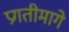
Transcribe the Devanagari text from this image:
प्रगतीमागे